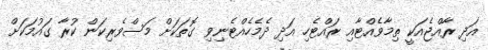
އަދި ރާއްޖެއަކީ ތިމާވެއްޓާއި ރައްޓެހި އަދި ދެމެހެއްޓެނިވި ގޮތަކަށް މަސްވެރިކަން ކުރާ ގައުމަކަށް